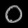
Digit: ၀